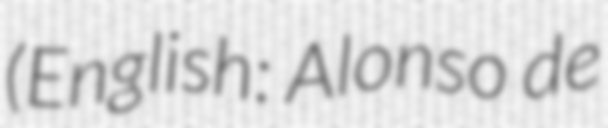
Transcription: (English: Alonso de